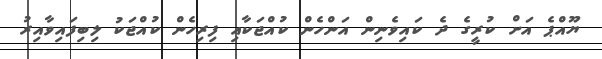
ޔޫއްޕެ އަށް ކުރީގެ ދެ ކައިވެނިން އަންހެން ކުއްޖަކާއި ފިރިހެން ކުއްޖަކު ލިބިފައިވާއިރު